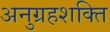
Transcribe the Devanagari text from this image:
अनुग्रहशक्ति